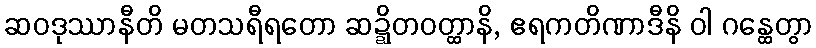
ဆဝဒုဿာနီတိ မတသရီရတော ဆဍ္ဍိတဝတ္ထာနိ, ဧရကတိဏာဒီနိ ဝါ ဂန္ထေတွာ